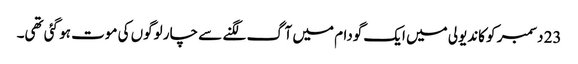
23 دسمبر کو کاندیولی میں ایک گودام میں آگ لگنے سے چار لوگوں کی موت ہو گئی تھی۔